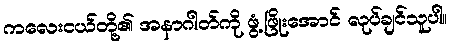
ကလေးငယ်တို့၏ အနာဂါတ်ကို ဖွံ့ဖြိုးအောင် လုပ်ချင်သူပါ။